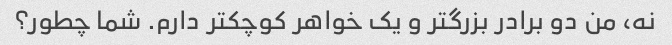
نه، من دو برادر بزرگتر و یک خواهر کوچکتر دارم. شما چطور؟